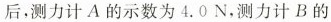
后，测力计A的示数为4.0N，测力计B的